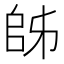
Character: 𫡜